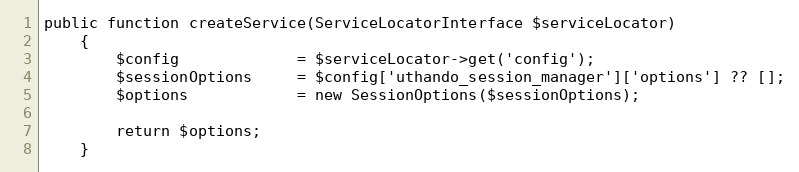
Language: PHP
public function createService(ServiceLocatorInterface $serviceLocator)
    {
        $config             = $serviceLocator->get('config');
        $sessionOptions     = $config['uthando_session_manager']['options'] ?? [];
        $options            = new SessionOptions($sessionOptions);

        return $options;
    }